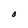
Character: 0